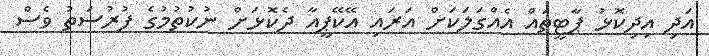
އަދި އިދިކޮޅު ޕާޓީތައް އެއްގަލަކަށް އަަރައި އޭކޭޕީއާ ދެކޮޅަަށް ނުކުތުމުގެ ފުރުސަތު ވެސް